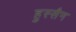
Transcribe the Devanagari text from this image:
हुस्सैन